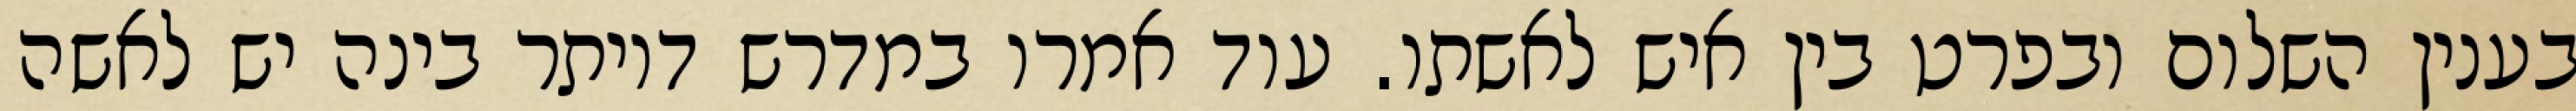
בענין השלום ובפרט בין איש לאשתו. עוד אמרו במדרש דיותר בינה יש לאשה